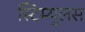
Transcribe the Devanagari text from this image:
स्टिम्युलस